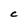
Character: C